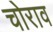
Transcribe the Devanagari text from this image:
चोराव